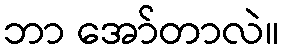
ဘာ အော်တာလဲ။